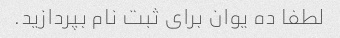
لطفا ده یوان برای ثبت نام بپردازید.